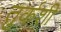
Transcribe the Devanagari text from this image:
तुर्कशी